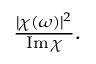
\begin{array} { r } { \frac { | \chi ( \omega ) | ^ { 2 } } { \operatorname { I m } \chi } . } \end{array}